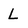
Character: L